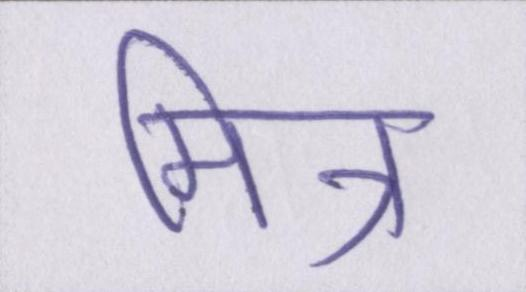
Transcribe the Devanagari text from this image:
मित्र